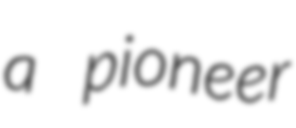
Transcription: a pioneer